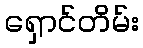
ရှောင်တိမ်း